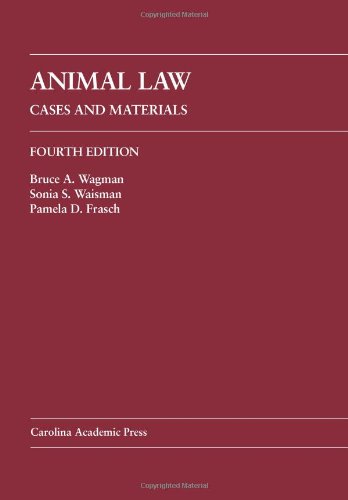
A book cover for Animal Law: Cases and Materials; Bruce A. Wagman; Law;